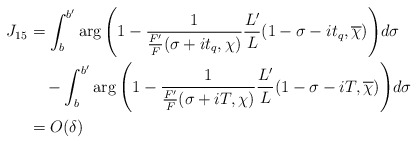
\begin{align*}J_{15} &= \int_b^{b'} \arg{\left( 1 - \frac{1}{\frac{F'}{F}(\sigma+it_q,\chi)} \frac{L'}{L}(1-\sigma-it_q,\overline{\chi}) \right)} d\sigma \\&\quad- \int_b^{b'} \arg{\left( 1 - \frac{1}{\frac{F'}{F}(\sigma+iT,\chi)} \frac{L'}{L}(1-\sigma-iT,\overline{\chi}) \right)} d\sigma \\&= O(\delta)\end{align*}